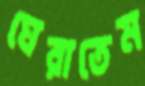
ঘেরাতেম